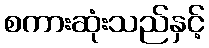
စကားဆုံးသည်နှင့်